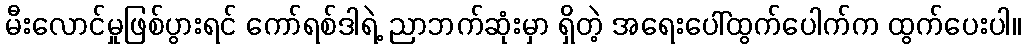
မီးလောင်မှုဖြစ်ပွားရင် ကော်ရစ်ဒါရဲ့ ညာဘက်ဆုံးမှာ ရှိတဲ့ အရေးပေါ်ထွက်ပေါက်က ထွက်ပေးပါ။